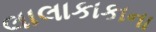
લાલાકાકાના